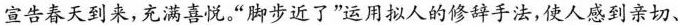
宣告春天到来,充满喜悦。“脚步近了”运用拟人的修辞手法,使人感到亲切.